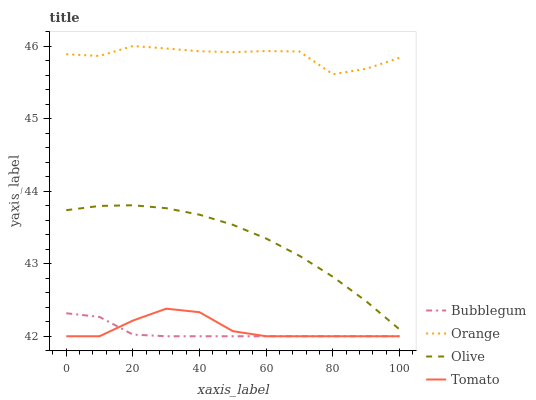
| xaxis_label | Bubblegum | Orange | Olive | Tomato |
 | --- | --- | --- | --- | --- |
 | 0 | 42.3 | 45.9 | 43.7 | 42 |
 | 10 | 42.3 | 45.9 | 43.8 | 42 |
 | 20 | 42 | 46 | 43.8 | 42.2 |
 | 30 | 42 | 46 | 43.8 | 42.4 |
 | 40 | 42 | 45.9 | 43.7 | 42.3 |
 | 50 | 42 | 45.9 | 43.5 | 42.1 |
 | 60 | 42 | 45.9 | 43.3 | 42 |
 | 70 | 42 | 45.9 | 43.1 | 42 |
 | 80 | 42 | 45.6 | 42.8 | 42 |
 | 90 | 42 | 45.7 | 42.5 | 42 |
 | 100 | 42 | 45.8 | 42.1 | 42 |